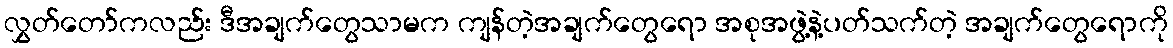
လွှတ်တော်ကလည်း ဒီအချက်တွေသာမက ကျန်တဲ့အချက်တွေရော အစုအဖွဲ့နဲ့ပတ်သက်တဲ့ အချက်တွေရောကို